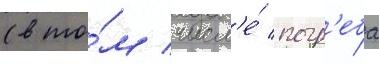
(в то́м числ'е́ погр'еба